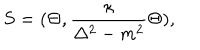
S = ( \Theta , { \frac { \kappa } { \Delta ^ { 2 } - m ^ { 2 } } } \Theta ) ,